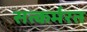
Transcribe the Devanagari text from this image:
सत्कर्मरत